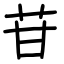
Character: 苷